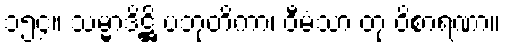
၁၅၄။ သမ္မာဒိဋ္ဌိ ပဘုတိကာ၊ ဝီမံသာ တု ဝိစာရဏာ။